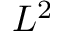
L ^ { 2 }